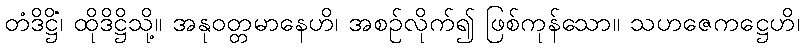
တံဒိဋ္ဌိံ၊ ထိုဒိဋ္ဌိသို့။ အနုဝတ္တမာနေဟိ၊ အစဉ်လိုက်၍ ဖြစ်ကုန်သော။ သဟဇေကဋ္ဌေဟိ၊